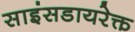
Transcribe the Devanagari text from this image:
साइंसडायरेक्त